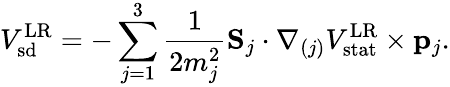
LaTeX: V_{\mathrm{sd}}^{\mathrm{LR}}=-\sum_{j=1}^{3}{\frac{1}{2m_{j}^{2}}}{\mathbf S}_{j}\cdot{\mathbf\nabla}_{(j)}V_{\mathrm{stat}}^{\mathrm{LR}}\times{\mathbf p}_{j}.